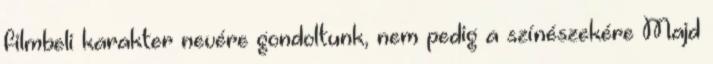
filmbeli karakter nevére gondoltunk, nem pedig a színészekére Majd